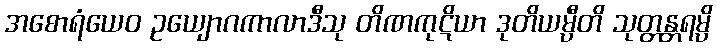
အစောရံယေဝ ဥယျောဂကာလာဒီသု တိဏကုဋိယာ ဒုတိယမ္ပီတိ သုတ္တန္တရမ္ပိ